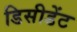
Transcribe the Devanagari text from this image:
डिसीडेंट